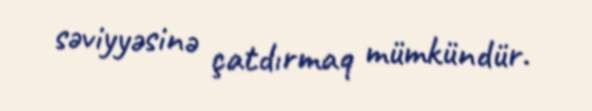
səviyyəsinə çatdırmaq mümkündür.